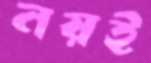
নয়ই